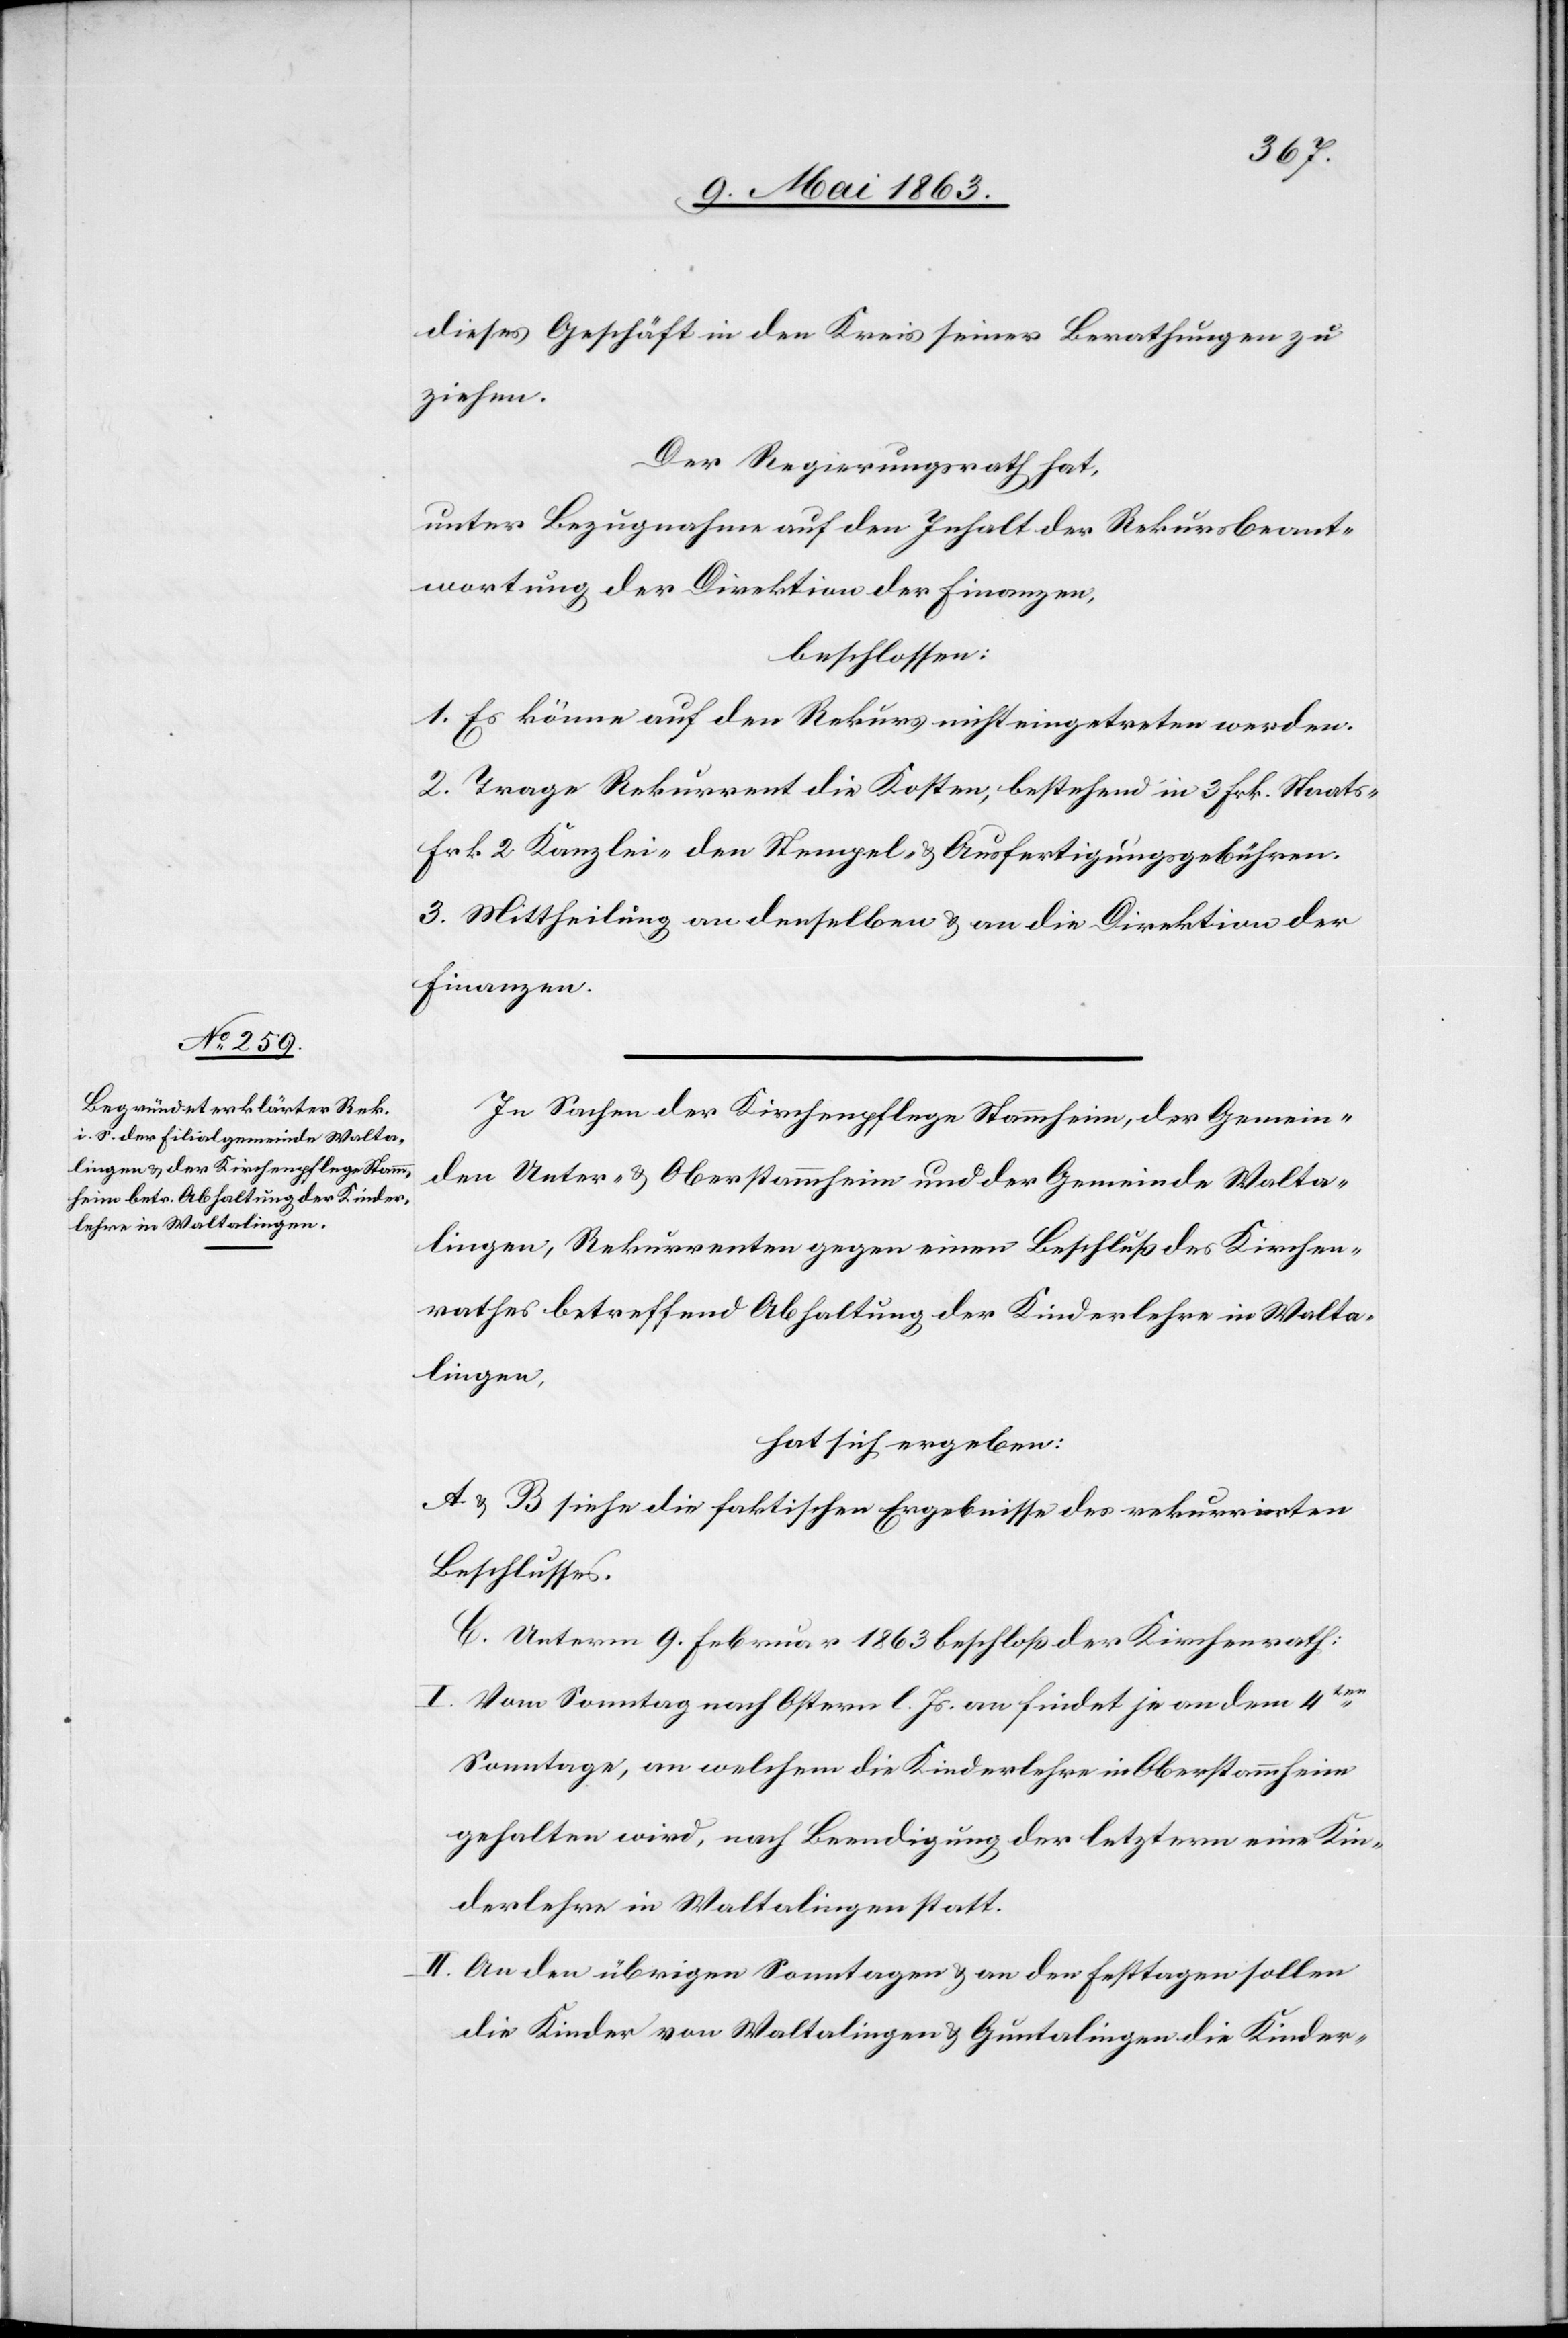
dieses Geschäft in den Kreis seiner Berathungen zu
ziehen.
Der Regierungsrath hat,
unter Bezugnahme auf den Inhalt der Rekursbeant¬
wortung der Direktion der Finanzen,
beschlossen:
1. Es könne auf den Rekurs nicht eingetreten werden.
2. Trage Rekurrent die Kosten, bestehend in 3 Frk. Staats-[,]
Frk. 2 Kanzlei-[,] den Stempel- & Ausfertigungsgebühren.
3. Mittheilung an denselben & an die Direktion der
Finanzen.
In Sachen der Kirchenpflege Stammheim, der Gemein¬
den Unter- & Oberstammheim und der Gemeinde Walta¬
lingen, Rekurrenten gegen einen Beschluß des Kirchen¬
rathes betreffend Abhaltung der Kinderlehre in Walta¬
lingen,
hat sich ergeben:
A & B siehe die faktischen Ergebnisse des rekurrirten
Beschlusses.
C. Unterm 9. Februar 1863 beschloß der Kirchenrath:
I. Vom Sonntag nach Ostern l. Js. an findet je an dem 4ten
Sonntage, an welchem die Kinderlehre in Oberstammheim
gehalten wird, nach Beendigung der letztern eine Kin¬
derlehre in Waltalingen statt.
II. An den übrigen Sonntagen & an den Festtagen sollen
die Kinder von Waltalingen & Guntalingen die Kinder-